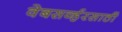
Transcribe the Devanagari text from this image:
वेबसर्व्हरसाठी